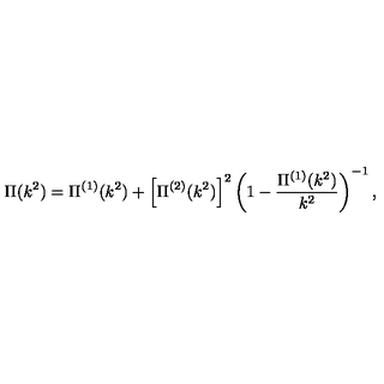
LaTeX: \Pi ( k ^ { 2 } ) = \Pi ^ { ( 1 ) } ( k ^ { 2 } ) + \left[ \Pi ^ { ( 2 ) } ( k ^ { 2 } ) \right] ^ { 2 } \left( 1 - \frac { \Pi ^ { ( 1 ) } ( k ^ { 2 } ) } { k ^ { 2 } } \right) ^ { - 1 } ,